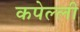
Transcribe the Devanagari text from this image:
कपेल्ली